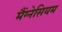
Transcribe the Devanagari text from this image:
मैंग्नेसियम